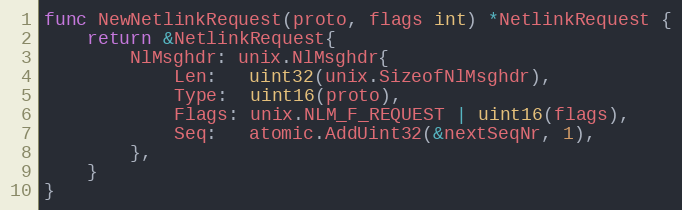
Language: Go
func NewNetlinkRequest(proto, flags int) *NetlinkRequest {
	return &NetlinkRequest{
		NlMsghdr: unix.NlMsghdr{
			Len:   uint32(unix.SizeofNlMsghdr),
			Type:  uint16(proto),
			Flags: unix.NLM_F_REQUEST | uint16(flags),
			Seq:   atomic.AddUint32(&nextSeqNr, 1),
		},
	}
}